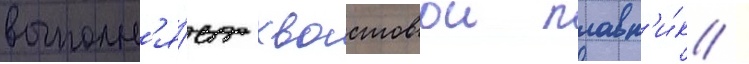
выполн'я́ет хвостовои плавн'и́к /